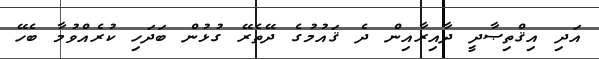
އަދި އިޤްތިޞާދީ ދާއިރާއިން ދެ ޤައުމުގެ ދޭތެރޭ ގުޅުން ބަދަހި ކުރެއްވުމާ ބެހޭ